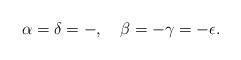
LaTeX: \begin{align*}\alpha = \delta = -, \quad \beta = -\gamma = -\epsilon.\end{align*}